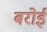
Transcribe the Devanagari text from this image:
बरोई